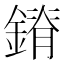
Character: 𰽃